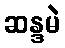
ဆန္ဒမဲ